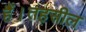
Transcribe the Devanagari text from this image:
हैं।तहसील